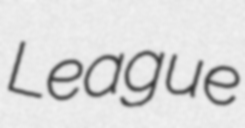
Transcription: League